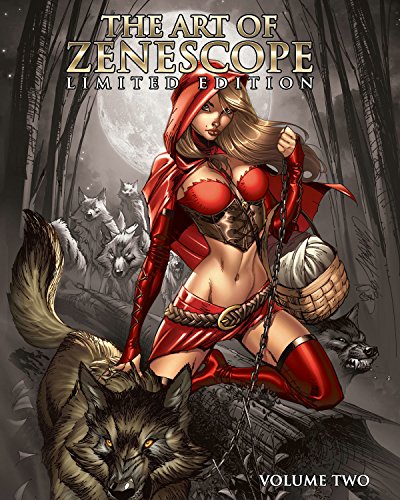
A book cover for Art of Zenescope Volume 2 (Art of Zenescope Ltd Ed Slipcase Hc); Joe Brusha; Comics & Graphic Novels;